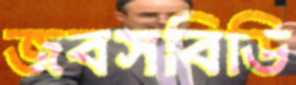
জবসবিডি